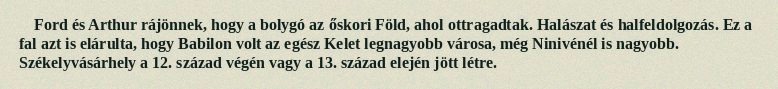
Ford és Arthur rájönnek, hogy a bolygó az őskori Föld, ahol ottragadtak. Halászat és halfeldolgozás. Ez a fal azt is elárulta, hogy Babilon volt az egész Kelet legnagyobb városa, még Ninivénél is nagyobb. Székelyvásárhely a 12. század végén vagy a 13. század elején jött létre.